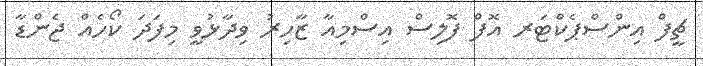
ޗީފް އިންސްޕެކްޓަރ އޮފް ފޮލިސް އިސްމިއާ ޒާހިރު ވިދާޅުވީ މިފަދަ ކޯހެއް ޖެންޑާ